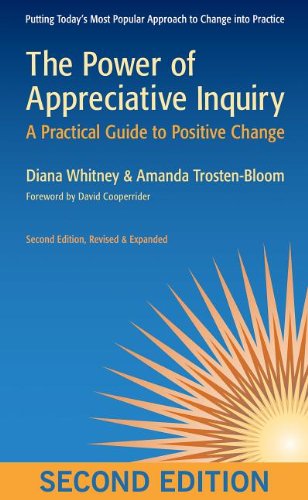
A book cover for The Power of Appreciative Inquiry: A Practical Guide to Positive Change; Diana Whitney; Business & Money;